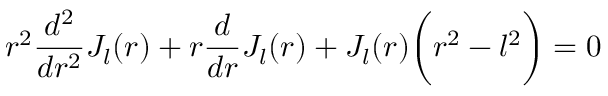
r ^ { 2 } \frac { d ^ { 2 } } { d r ^ { 2 } } J _ { l } ( r ) + r \frac { d } { d r } J _ { l } ( r ) + J _ { l } ( r ) \bigg ( r ^ { 2 } - l ^ { 2 } \bigg ) = 0